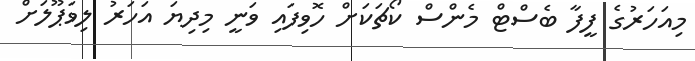
މިއަހަރުގެ ފީފާ ބެސްޓް މެންސް ކޯޗަކަށް ހޮވިފައި ވަނީ މިދިޔަ އަހަރު ލިވަޕޫލަށް